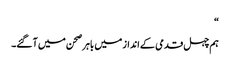
“
ہم چہل قدمی کے انداز میں باہر صحن میں آ گئے۔